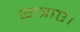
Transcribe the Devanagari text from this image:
यात्राएं।